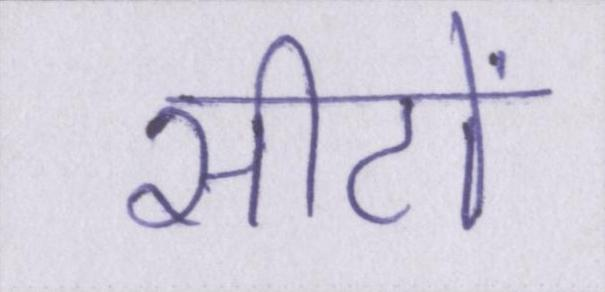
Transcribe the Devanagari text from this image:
सीटों